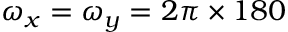
\omega _ { x } = \omega _ { y } = 2 \pi \times 1 8 0